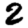
Digit: 2